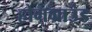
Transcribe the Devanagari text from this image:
होमग्राउंड